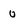
Character: o